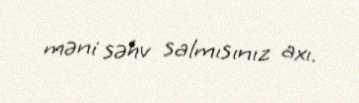
məni səhv salmısınız axı.